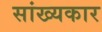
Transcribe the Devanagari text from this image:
सांख्यकार